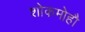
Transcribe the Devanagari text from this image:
शोकमोहौ